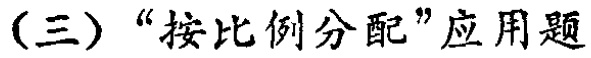
(三)“按比例分配”应用题